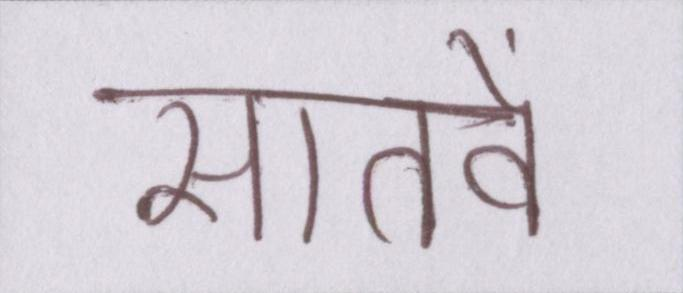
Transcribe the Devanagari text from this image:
सातवें